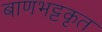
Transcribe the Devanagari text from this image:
बाणभट्टकृत